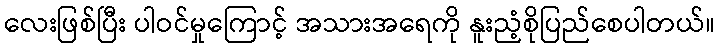
လေးဖြစ်ပြီး ပါဝင်မှုကြောင့် အသားအရေကို နူးညံ့စိုပြည်စေပါတယ်။